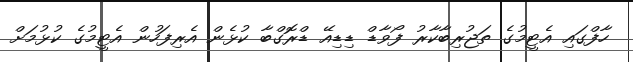
ހާފްގައި އެޓީމުގެ ތަޖުރިބާކާރު ފޯވާޑް ޑިޑިއޭ ޑްރޮގްބާ ކުޅެން އެރިފަހުން އެޓީމުގެ ކުޅުމަށް